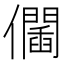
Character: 𠑆